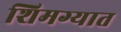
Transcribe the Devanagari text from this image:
शिमग्यात